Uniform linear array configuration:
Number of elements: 8
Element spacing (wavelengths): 0.5
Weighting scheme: kaiser
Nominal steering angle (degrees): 45
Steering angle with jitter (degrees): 43.378
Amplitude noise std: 0.05
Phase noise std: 0.05

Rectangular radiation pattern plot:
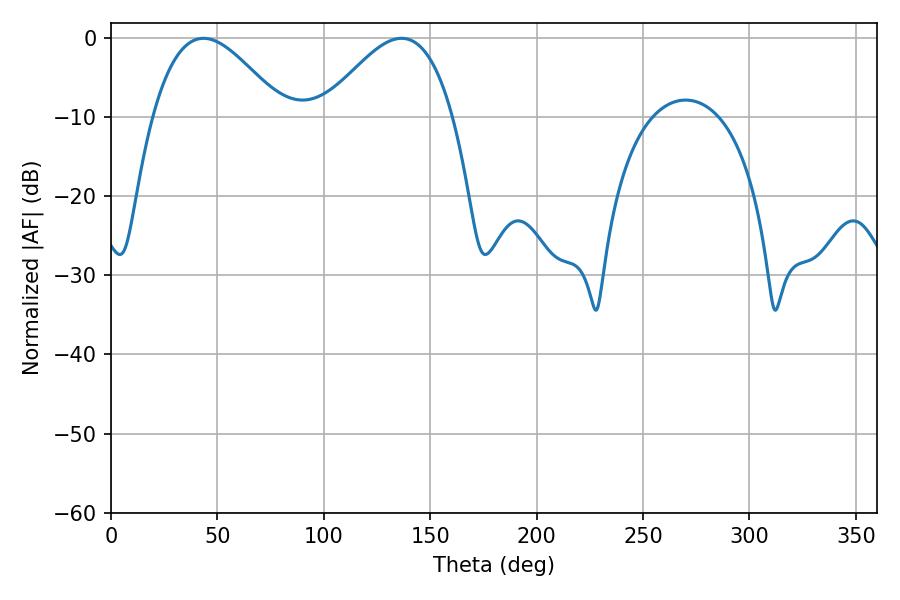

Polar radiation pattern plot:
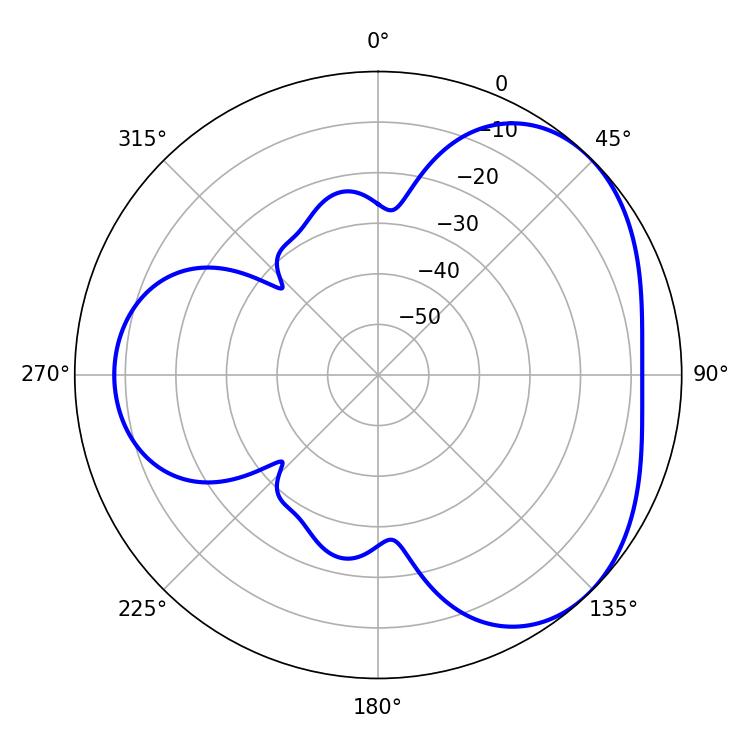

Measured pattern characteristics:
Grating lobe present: FALSE
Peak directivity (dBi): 3.785
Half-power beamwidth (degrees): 32.94
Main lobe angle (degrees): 43.38